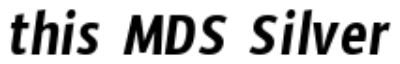
this MDS Silver